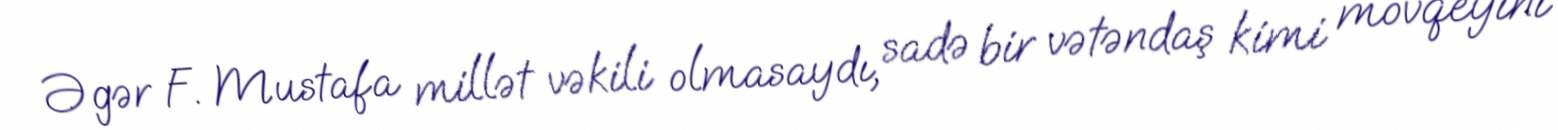
Əgər F. Mustafa millət vəkili olmasaydı, sadə bir vətəndaş kimi mövqeyini